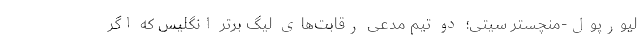
لیورپول-منچستر سیتی؛ دو تیم مدعی رقابت‌های لیگ برتر انگلیس که اگر